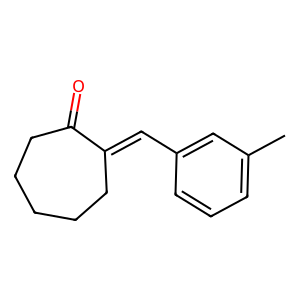
SMILES: Cc1cccc(C=C2CCCCCC2=O)c1
Inhibits HIV replication: No